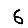
Digit: 6